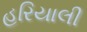
હરિયાલી